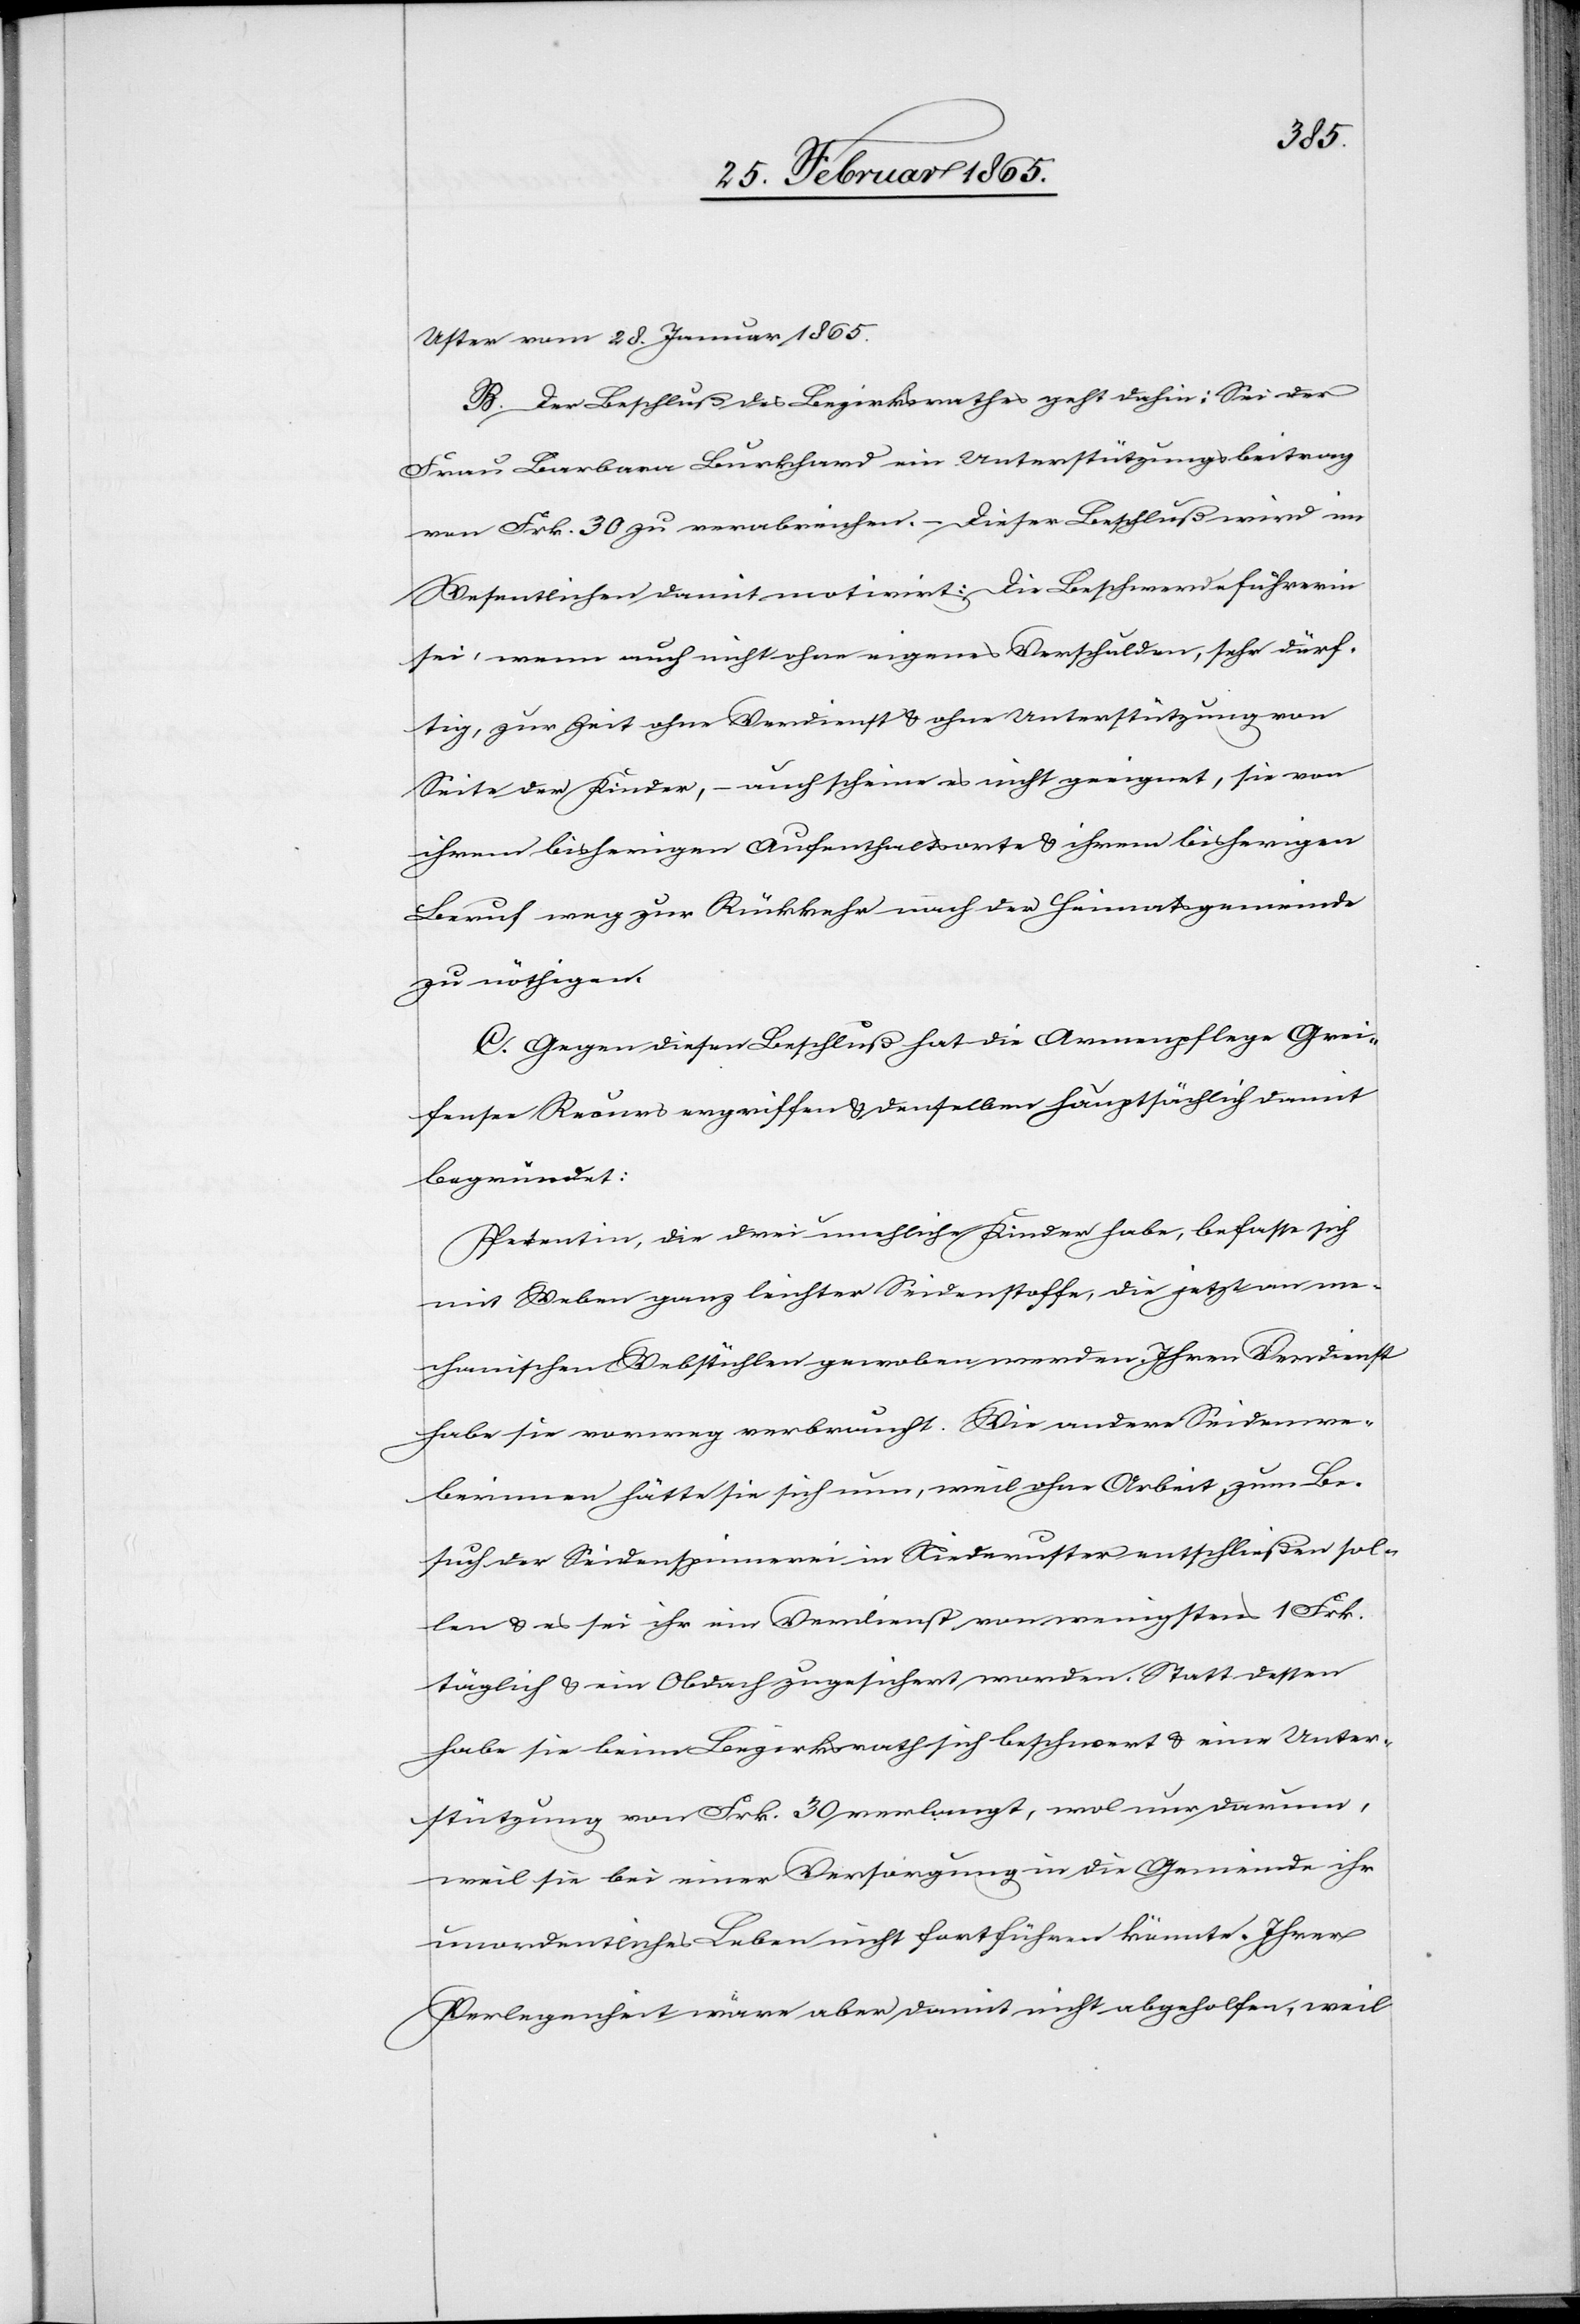
Uster vom 28. Januar 1865.
B. Der Beschluß des Bezirksrathes geht dahin: Sei der
Frau Barbara Burkhard ein Unterstützungsbeitrag
von Frk. 30 zu verabreichen. – Dieser Beschluß wird im
Wesentlichen damit motivirt: Die Beschwerdeführerin
sei, wenn auch nicht ohne eigenes Verschulden, sehr dürf¬
tig, zur Zeit ohne Verdienst u. ohne Unterstützung von
Seite der Kinder, – auch scheine es nicht geeignet, sie von
ihrem bisherigen Aufenthaltsorte u. ihrem bisherigen
Beruf weg zur Rückkehr nach der Heimatsgemeinde
zu nöthigen.
C. Gegen diesen Beschluß hat die Armenpflege Grei¬
fensee Recurs ergriffen u. denselben hauptsächlich damit
begründet:
Petentin, die drei unehliche Kinder habe, befasse sich
mit Weben ganz leichter Seidenstoffe, die jetzt an me¬
chanischen Webstühlen gewoben werden. Ihren Verdienst
habe sie vorweg verbraucht. Wie andere Seidenwe¬
berinnen hätte sie sich nun, weil ohne Arbeit, zum Be¬
such der Seidenspinnerei in Niederuster entschließen sol¬
len u. es sei ihr ein Verdienst von wenigstens 1 Frk.
täglich u. ein Obdach zugesichert worden. Statt dessen
habe sie beim Bezirksrath sich beschwert u. eine Unter¬
stützung von Frk. 30 verlangt, wol nur darum,
weil sie bei einer Versorgung in die Gemeinde ihr
unordentliches Leben nicht fortführen könnte. Ihrer
Verlegenheit wäre aber damit nicht abgeholfen, weil